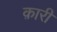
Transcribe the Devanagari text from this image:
क़ारी